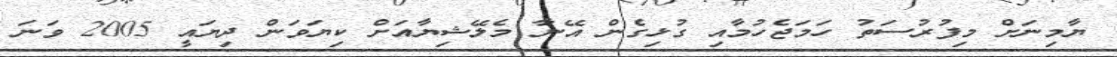
ޔާމިނަށް މިފުރުސަތު ހަމަޖެހުމާއި ގުޅިގެން އޭނާ މެލޭޝިޔާއަށް ކިޔަވަން ދިޔައީ 2005 ވަނަ